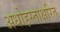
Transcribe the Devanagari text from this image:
अधोहस्ताक्षरित